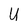
Character: U